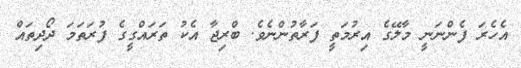
އެހެރަ ފެންނަނީ މާލޭގެ އިރުމަތީ ފަރާތުންނެވެ. ބްރިޖާ އެކު ތަރައްގީގެ ފުރަތަމަ ދޯދިތައް